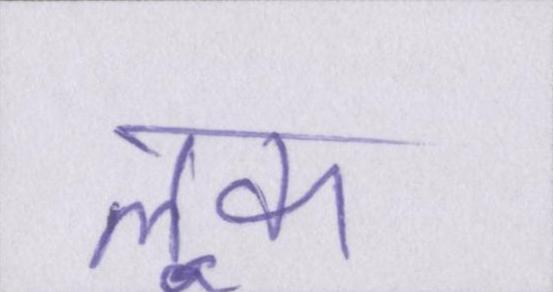
लूक